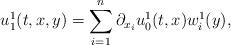
LaTeX: \begin{align*}u_1^1(t,x,y) = \sum_{i=1}^n \partial_{x_i} u_0^1(t,x) w_i^1(y),\end{align*}